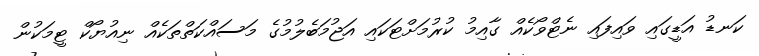
ކަނޑު އަޑީގައި ވައިފައި ނެޓްވޯކެއް ގާއިމު ކުރުމަށްޓަކައި އަޖުމަބެލުމުގެ މަސައްކަތްތަކެއް ނިއުޔޯކް ޓީމަކުން